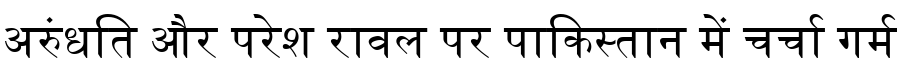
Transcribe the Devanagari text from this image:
अरुंधति और परेश रावल पर पाकिस्तान में चर्चा गर्म